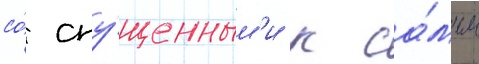
со́ спу́щенным'и к са́мым